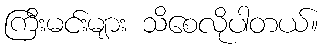
ကြီးမင်းများ သိစေလိုပါတယ်။